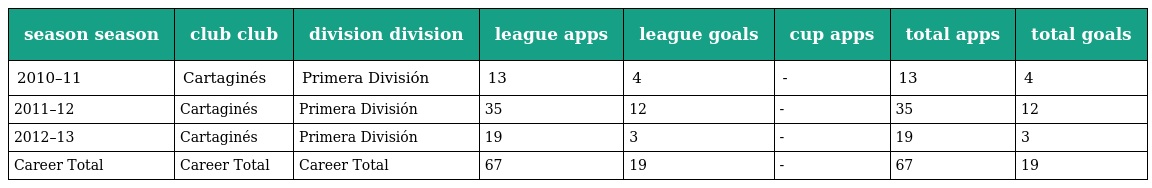
| season season | club club | division division | league apps | league goals | cup apps | total apps | total goals |
 | --- | --- | --- | --- | --- | --- | --- | --- |
 | 2010–11 | Cartaginés | Primera División | 13 | 4 | - | 13 | 4 |
 | 2011–12 | Cartaginés | Primera División | 35 | 12 | - | 35 | 12 |
 | 2012–13 | Cartaginés | Primera División | 19 | 3 | - | 19 | 3 |
 | Career Total | Career Total | Career Total | 67 | 19 | - | 67 | 19 |